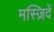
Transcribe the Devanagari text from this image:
मस्ज़िदें